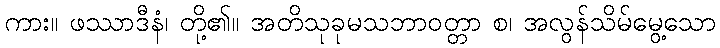
ကား။ ဖဿာဒီနံ၊ တို့၏။ အတိသုခုမသဘာဝတ္တာ စ၊ အလွန်သိမ်မွေ့သော